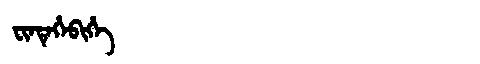
Manchu: ᠸᡳᠨᡨᡝᡥᡝᠪᡳᡥᡝ
Romanization: FINTEHEBIHE